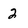
Character: 2